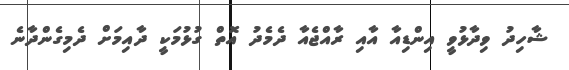
ޝާހިދު ވިދާޅުވީ އިންޑިއާ އާއި ރާއްޖެއާ ދެމެދު އޮތް ގުޅުމަކީ ދާއިމަށް ދެމިގެންދާނެ